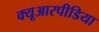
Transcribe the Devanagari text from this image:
क्यूआरपीडिया